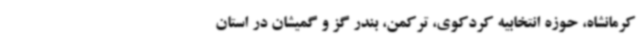
کرمانشاه، حوزه انتخابیه کردکوی، ترکمن، بندر گز و گمیشان در استان